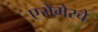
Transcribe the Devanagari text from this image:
एरोमेरचे